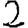
Digit: 2